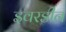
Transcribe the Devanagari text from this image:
इवरडीन